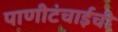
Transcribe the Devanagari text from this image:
पाणीटंचाईची